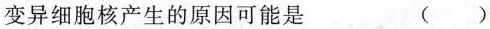
变异细胞核产生的原因可能是 ( )